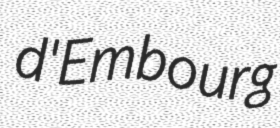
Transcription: d'Embourg